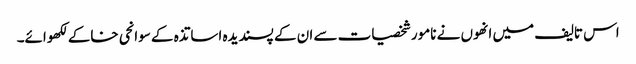
اس تالیف میں انھوں نے نامور شخصیات سے ان کے پسندیدہ اساتذہ کے سوانحی خاکے لکھوائے۔